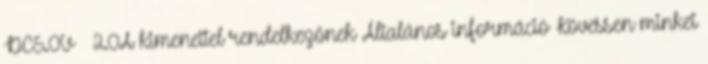
DC5.0V 2.0A kimenettel rendelkezőnek Általános információ Kövessen minket